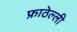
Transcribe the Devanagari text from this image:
फ्राठेल्ली